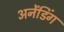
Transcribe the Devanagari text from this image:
अनेंडिंग